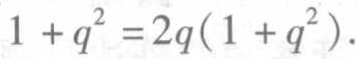
$1 + q^{2}=2q(1 + q^{2}).$